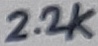
Text: 2.2K